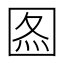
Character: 𡇫